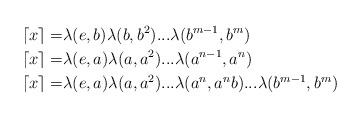
LaTeX: \begin{align*}\lceil x \rceil =& \lambda(e,b)\lambda(b,b^2)...\lambda(b^{m-1},b^m) \\\lceil x \rceil=&\lambda(e,a)\lambda(a,a^2)...\lambda(a^{n-1},a^n) \\\lceil x \rceil=&\lambda(e,a)\lambda(a,a^2)...\lambda(a^n,a^nb)...\lambda(b^{m-1}, b^m)\end{align*}